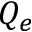
Q _ { e }